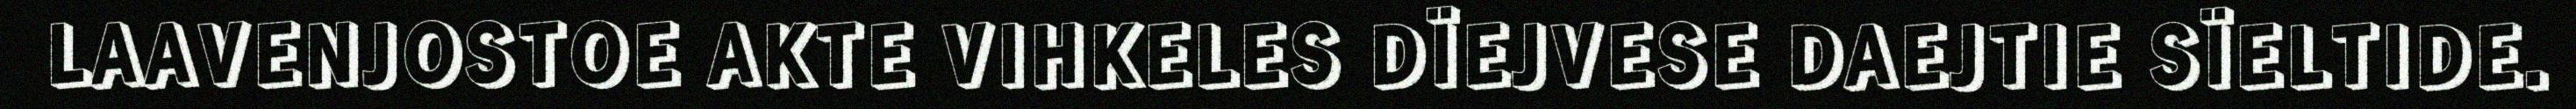
LAAVENJOSTOE AKTE VIHKELES DÏEJVESE DAEJTIE SÏELTIDE.